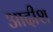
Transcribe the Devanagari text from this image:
आदीश